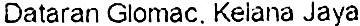
DATARAN GLOMAC. KELANA JAYA